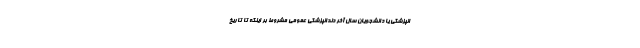
انپزشکی یا دانشجویان سال آخر دندانپزشکی عمومی مشروط بر اینکه تا تاریخ